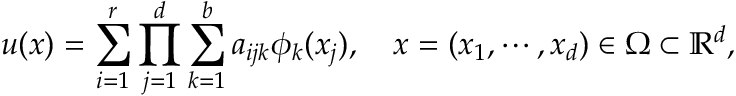
u ( x ) = \sum _ { i = 1 } ^ { r } \prod _ { j = 1 } ^ { d } \sum _ { k = 1 } ^ { b } a _ { i j k } \phi _ { k } ( x _ { j } ) , \quad x = ( x _ { 1 } , \cdots , x _ { d } ) \in \Omega \subset \mathbb { R } ^ { d } ,